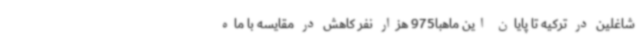
شاغلین در ترکیه تا پایان این ماهبا975 هزار نفر کاهش در مقایسه با ماه